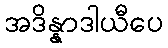
အဒိန္နာဒါယီပေ